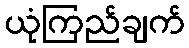
ယုံကြည်ချက်